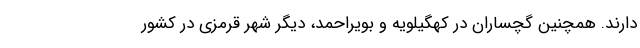
دارند. همچنین گچساران در کهگیلویه و بویراحمد، دیگر شهر قرمزی در کشور